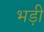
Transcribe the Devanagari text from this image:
भड़ी